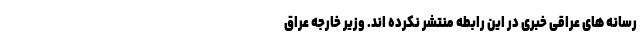
رسانه های عراقی خبری در این رابطه منتشر نکرده اند. وزیر خارجه عراق